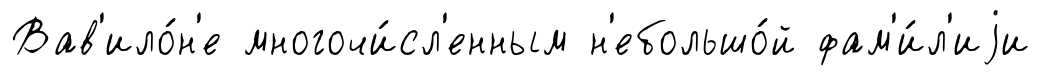
Вав'ило́н'е многочи́сл'енным н'ебольшо́й фам'и́л'иjи